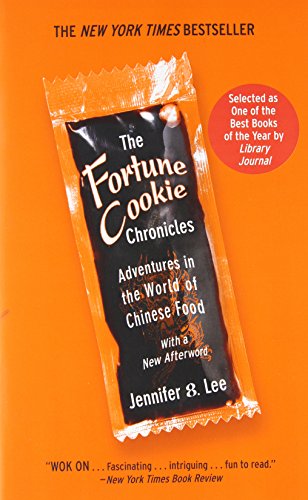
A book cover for The Fortune Cookie Chronicles: Adventures in the World of Chinese Food; Jennifer 8. Lee; Cookbooks, Food & Wine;